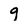
Character: 9